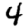
Digit: 4